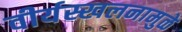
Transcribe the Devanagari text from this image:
वीर्यस्खलनामुळे